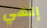
إلهي